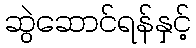
ဆွဲဆောင်ရန်နှင့်